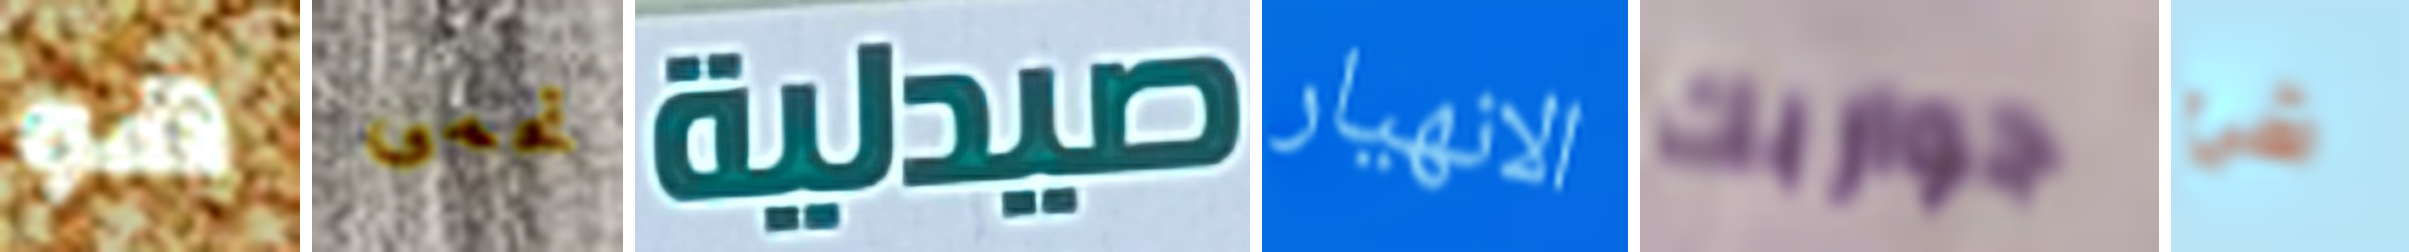
هو تحمى صيدلية الانهيار جواربك شئ